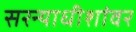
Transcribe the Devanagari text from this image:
सरन्याधीशांवर